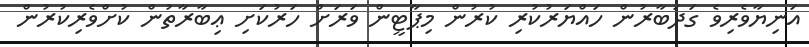
އަނިޔާވެރިވެ ގަދަބާރުން ހައްޔަރުކުރި ކުރުން މިޕާޓީން ވަރަށް ހަރުކަށި ޢިބާރާތުން ކުށްވެރިކުރުން